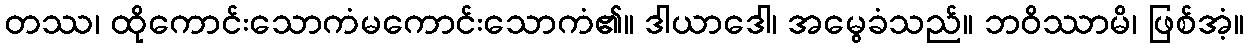
တဿ၊ ထိုကောင်းသောကံမကောင်းသောကံ၏။ ဒါယာဒေါ၊ အမွေခံသည်။ ဘဝိဿာမိ၊ ဖြစ်အံ့။